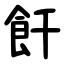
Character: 飦